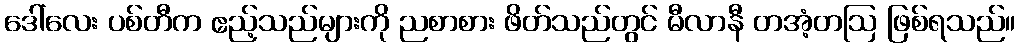
ဒေါ်လေး ပစ်တီက ဧည့်သည်များကို ညစာစား ဖိတ်သည်တွင် မီလာနီ တအံ့တဩ ဖြစ်ရသည်။